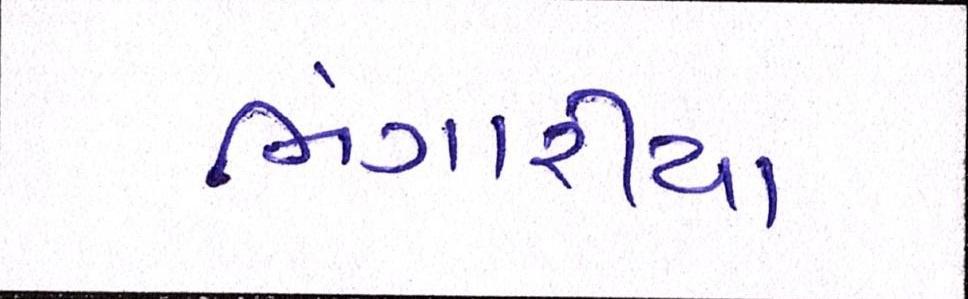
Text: ભંગારીયા